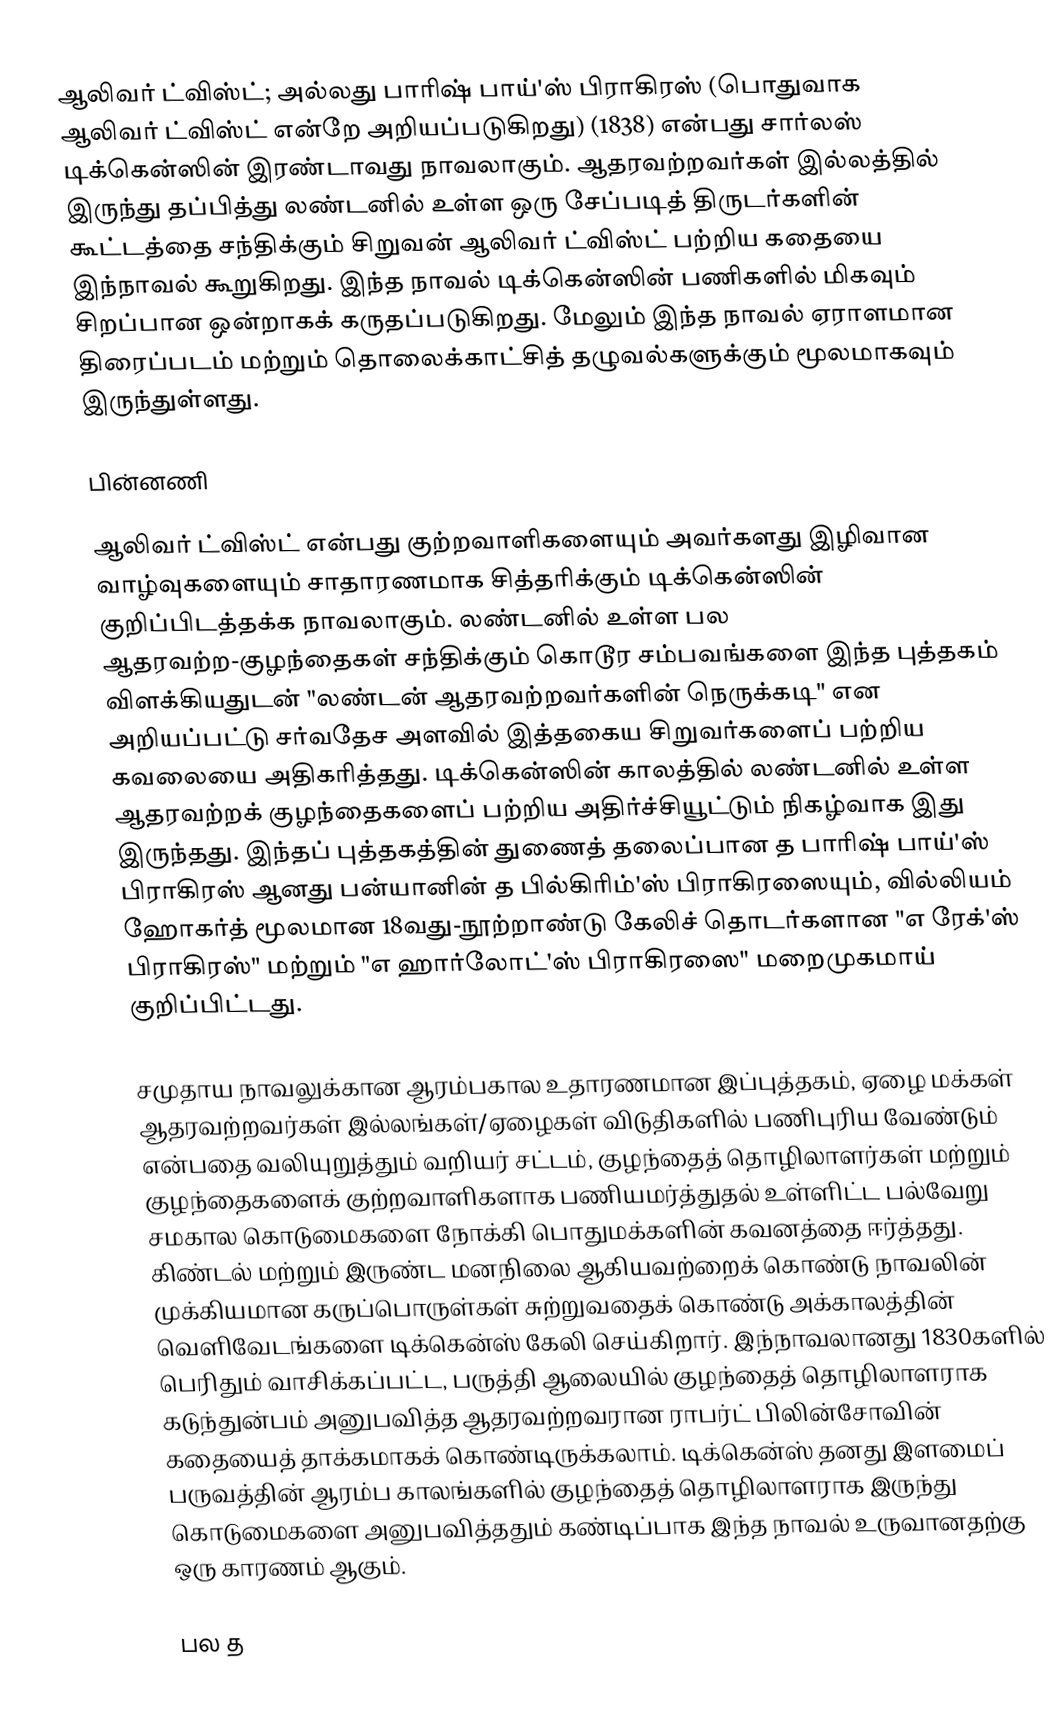
ஆலிவர் ட்விஸ்ட்; அல்லது பாரிஷ் பாய்'ஸ் பிராகிரஸ்   (பொதுவாக ஆலிவர் ட்விஸ்ட்   என்றே அறியப்படுகிறது) (1838) என்பது சார்லஸ் டிக்கென்ஸின் இரண்டாவது நாவலாகும். ஆதரவற்றவர்கள் இல்லத்தில் இருந்து தப்பித்து லண்டனில் உள்ள ஒரு சேப்படித் திருடர்களின் கூட்டத்தை சந்திக்கும் சிறுவன் ஆலிவர் ட்விஸ்ட் பற்றிய கதையை இந்நாவல் கூறுகிறது. இந்த நாவல் டிக்கென்ஸின் பணிகளில் மிகவும் சிறப்பான ஒன்றாகக் கருதப்படுகிறது. மேலும் இந்த நாவல் ஏராளமான திரைப்படம் மற்றும் தொலைக்காட்சித் தழுவல்களுக்கும் மூலமாகவும் இருந்துள்ளது.

பின்னணி

ஆலிவர் ட்விஸ்ட்  என்பது குற்றவாளிகளையும் அவர்களது இழிவான வாழ்வுகளையும் சாதாரணமாக சித்தரிக்கும் டிக்கென்ஸின் குறிப்பிடத்தக்க நாவலாகும். லண்டனில் உள்ள பல ஆதரவற்ற-குழந்தைகள் சந்திக்கும் கொடூர சம்பவங்களை இந்த புத்தகம் விளக்கியதுடன் "லண்டன் ஆதரவற்றவர்களின் நெருக்கடி" என அறியப்பட்டு சர்வதேச அளவில் இத்தகைய சிறுவர்களைப் பற்றிய கவலையை அதிகரித்தது. டிக்கென்ஸின் காலத்தில் லண்டனில் உள்ள ஆதரவற்றக் குழந்தைகளைப் பற்றிய அதிர்ச்சியூட்டும் நிகழ்வாக இது இருந்தது. இந்தப் புத்தகத்தின் துணைத் தலைப்பான த பாரிஷ் பாய்'ஸ் பிராகிரஸ்  ஆனது பன்யானின் த பில்கிரிம்'ஸ் பிராகிரஸையும், வில்லியம் ஹோகர்த் மூலமான 18வது-நூற்றாண்டு கேலிச் தொடர்களான "எ ரேக்'ஸ் பிராகிரஸ்" மற்றும் "எ ஹார்லோட்'ஸ் பிராகிரஸை" மறைமுகமாய் குறிப்பிட்டது.

சமுதாய நாவலுக்கான ஆரம்பகால உதாரணமான இப்புத்தகம், ஏழை மக்கள் ஆதரவற்றவர்கள் இல்லங்கள்/ஏழைகள் விடுதிகளில் பணிபுரிய வேண்டும் என்பதை வலியுறுத்தும் வறியர் சட்டம், குழந்தைத் தொழிலாளர்கள் மற்றும் குழந்தைகளைக் குற்றவாளிகளாக பணியமர்த்துதல் உள்ளிட்ட பல்வேறு சமகால கொடுமைகளை நோக்கி பொதுமக்களின் கவனத்தை ஈர்த்தது. கிண்டல் மற்றும் இருண்ட மனநிலை ஆகியவற்றைக் கொண்டு நாவலின் முக்கியமான கருப்பொருள்கள் சுற்றுவதைக் கொண்டு அக்காலத்தின் வெளிவேடங்களை டிக்கென்ஸ் கேலி செய்கிறார். இந்நாவலானது 1830களில் பெரிதும் வாசிக்கப்பட்ட, பருத்தி ஆலையில் குழந்தைத் தொழிலாளராக கடுந்துன்பம் அனுபவித்த ஆதரவற்றவரான ராபர்ட் பிலின்சோவின் கதையைத் தாக்கமாகக் கொண்டிருக்கலாம்.  டிக்கென்ஸ் தனது இளமைப் பருவத்தின் ஆரம்ப காலங்களில் குழந்தைத் தொழிலாளராக இருந்து கொடுமைகளை அனுபவித்ததும் கண்டிப்பாக இந்த நாவல் உருவானதற்கு ஒரு காரணம் ஆகும்.

பல த